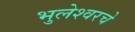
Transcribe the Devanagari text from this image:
भुलेश्वरचे